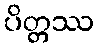
ပိတ္တဿ